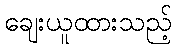
ချေးယူထားသည့်